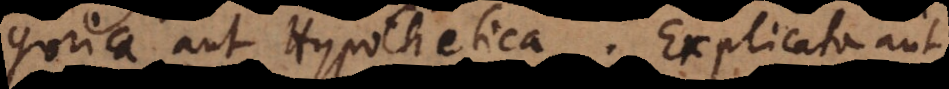
Categorica aut Hypothetica. Explicata aut